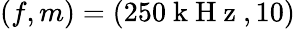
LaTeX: (f,m)=(250\mathrm{~k~H~z~},10)